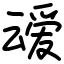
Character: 叆